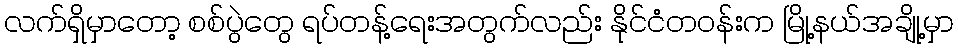
လက်ရှိမှာတော့ စစ်ပွဲတွေ ရပ်တန့်ရေးအတွက်လည်း နိုင်ငံတဝန်းက မြို့နယ်အချို့မှာ